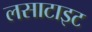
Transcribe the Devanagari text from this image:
लसाटाइट